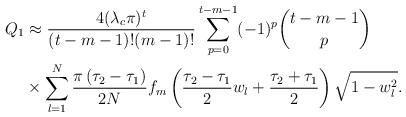
LaTeX: \begin{align*} Q_1&\approx \frac{ 4(\lambda_c\pi)^{t}}{(t-m-1)!(m-1)!} \sum^{t-m-1}_{p=0}(-1)^p{t-m-1 \choose p} \\ &\times \sum^{N}_{l=1}\frac{\pi\left(\tau_2-\tau_1\right)}{2 N} f_m\left(\frac{\tau_2-\tau_1}{2}w_l+\frac{\tau_2+\tau_1}{2}\right)\sqrt{1-w_l^2}.\end{align*}